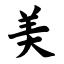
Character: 美